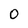
Character: 0